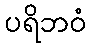
ပရိဘဝံ